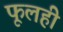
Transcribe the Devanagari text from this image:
फूलही